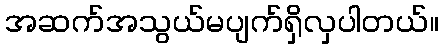
အဆက်အသွယ်မပျက်ရှိလှပါတယ်။